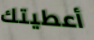
أعطيتك